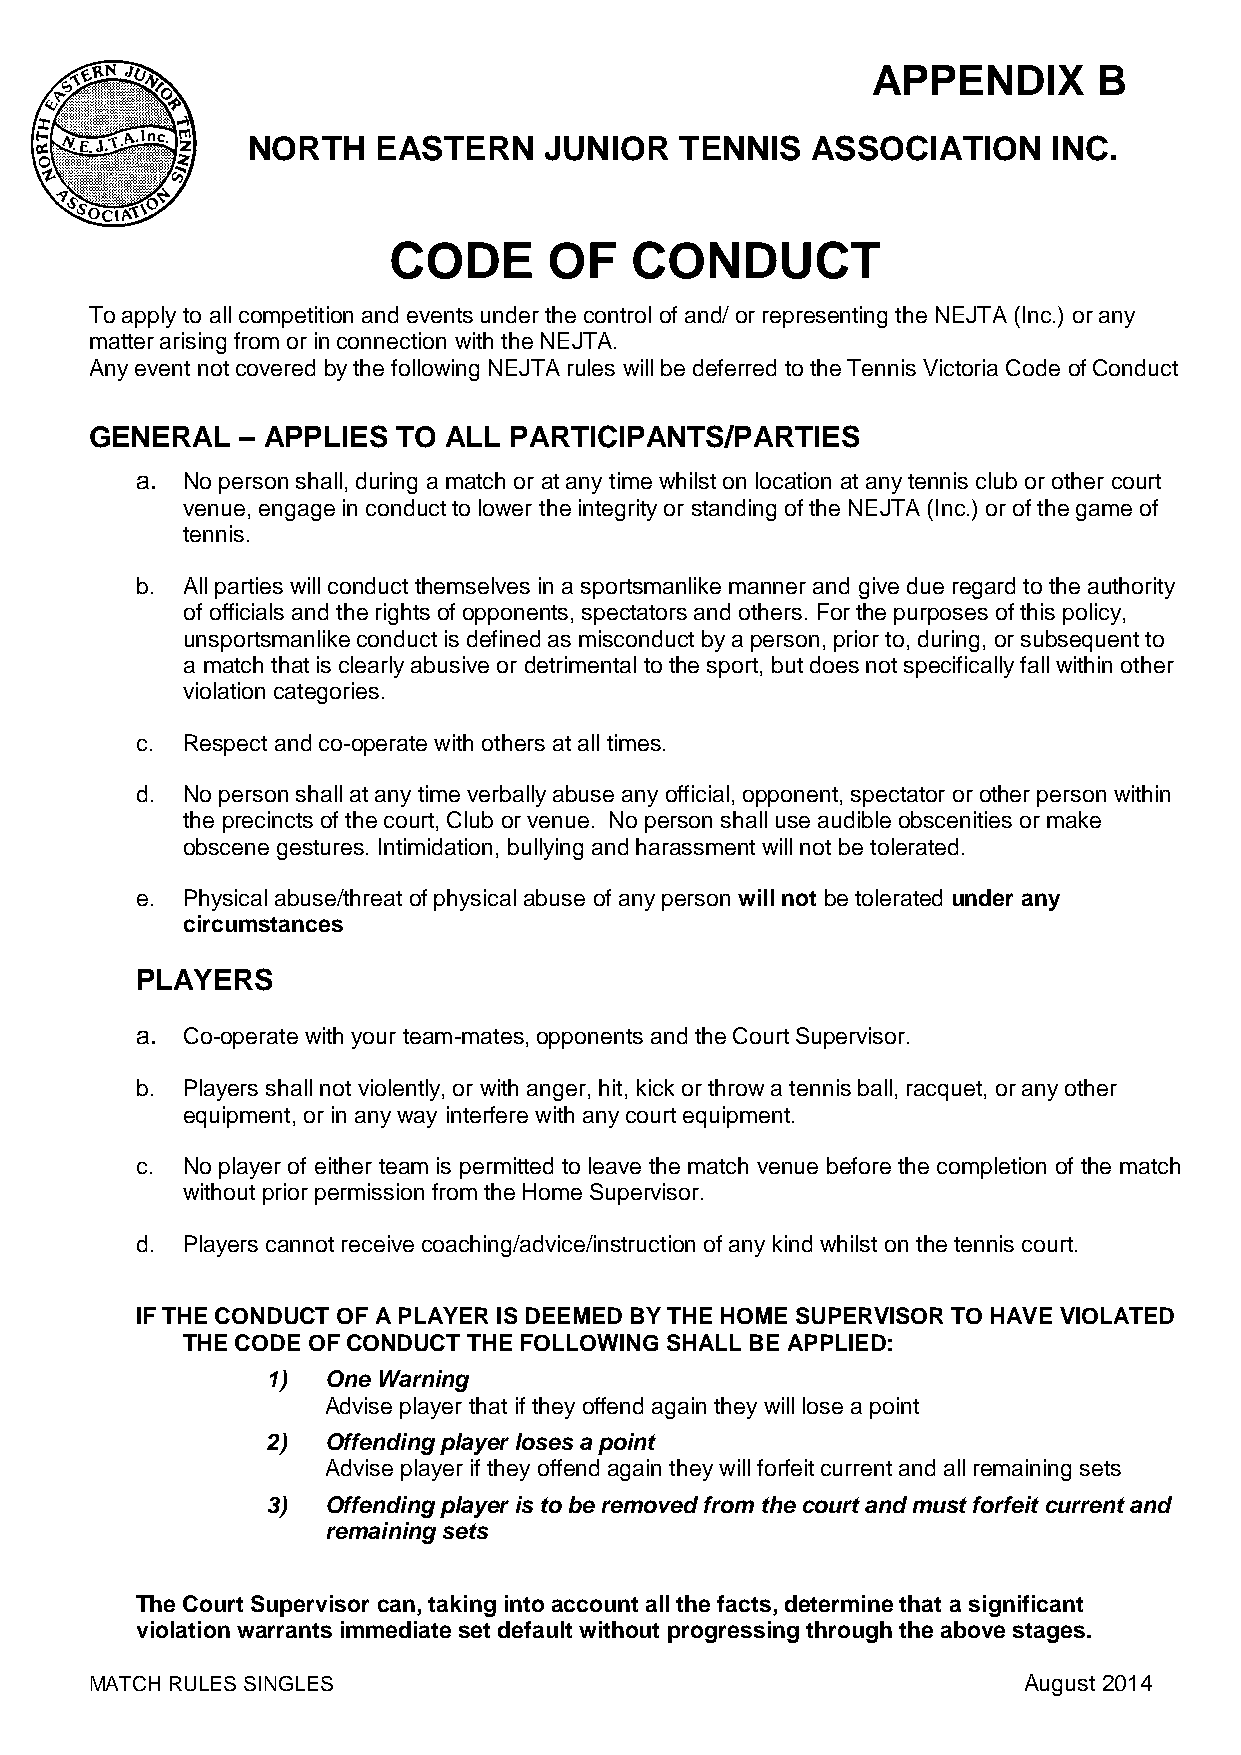
APPENDIX       B
 NORTH    EASTERN    JUNIOR   TENNIS   ASSOCIATION     INC.
 CODE      OF    CONDUCT
 To apply to all competition and events under the control of and/ or representing the NEJTA (Inc.) or any
 matter arising from or in connection with the NEJTA.
 Any event not covered by the following NEJTA rules will be deferred to the Tennis Victoria Code of Conduct
 GENERAL   – APPLIES TO  ALL PARTICIPANTS/PARTIES
 a. No person shall, during a match or at any time whilst on location at any tennis club or other court
 venue, engage in conduct to lower the integrity or standing of the NEJTA (Inc.) or of the game of
 tennis.
 b. All parties will conduct themselves in a sportsmanlike manner and give due regard to the authority
 of officials and the rights of opponents, spectators and others. For the purposes of this policy,
 unsportsmanlike conduct is defined as misconduct by a person, prior to, during, or subsequent to
 a match that is clearly abusive or detrimental to the sport, but does not specifically fall within other
 violation categories.
 c. Respect and co-operate with others at all times.
 d. No person shall at any time verbally abuse any official, opponent, spectator or other person within
 the precincts of the court, Club or venue. No person shall use audible obscenities or make
 obscene gestures. Intimidation, bullying and harassment will not be tolerated.
 e. Physical abuse/threat of physical abuse of any person will not be tolerated under any
 circumstances
 PLAYERS
 a. Co-operate with your team-mates, opponents and the Court Supervisor.
 b. Players shall not violently, or with anger, hit, kick or throw a tennis ball, racquet, or any other
 equipment, or in any way interfere with any court equipment.
 c. No player of either team is permitted to leave the match venue before the completion of the match
 without prior permission from the Home Supervisor.
 d. Players cannot receive coaching/advice/instruction of any kind whilst on the tennis court.
 IF THE CONDUCT OF A PLAYER IS DEEMED BY THE HOME SUPERVISOR TO HAVE VIOLATED
 THE CODE OF CONDUCT THE FOLLOWING SHALL BE APPLIED:
 1)  One Warning
 Advise player that if they offend again they will lose a point
 2)  Offending player loses a point
 Advise player if they offend again they will forfeit current and all remaining sets
 3)  Offending player is to be removed from the court and must forfeit current and
 remaining sets
 The Court Supervisor can, taking into account all the facts, determine that a significant
 violation warrants immediate set default without progressing through the above stages.
 MATCH RULES SINGLES                                           August 2014